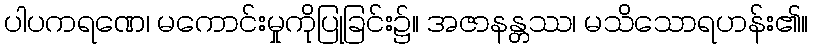
ပါပကရဏေ၊ မကောင်းမှုကိုပြုခြင်း၌။ အဇာနန္တဿ၊ မသိသောရဟန်း၏။